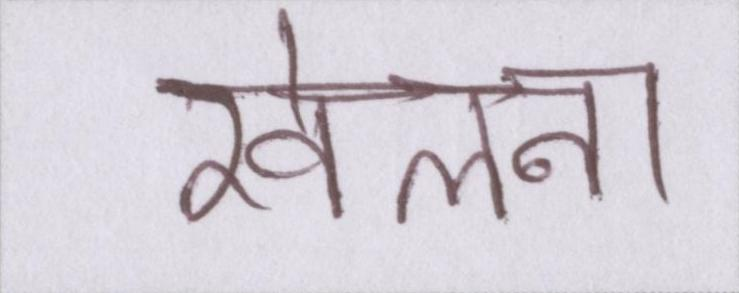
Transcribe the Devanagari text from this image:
खेलना